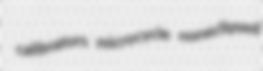
calibrators microcycle noneclipsed